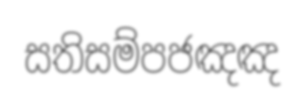
සතිසම්පජඤඤ